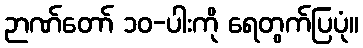
ဉာဏ်တော် ၁၀-ပါးကို ရေတွက်ပြပုံ။